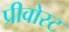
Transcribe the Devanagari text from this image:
प्रीवोस्ट